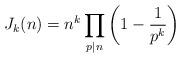
LaTeX: \begin{align*}J_{k}(n)=n^{k}\prod_{p|n}\left(1-\frac{1}{p^{k}}\right)\end{align*}